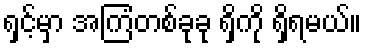
ရှင့်မှာ အကြံတစ်ခုခု ရှိကို ရှိရမယ်။